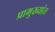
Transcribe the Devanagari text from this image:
प्रामुख्यांत